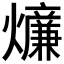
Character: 𤒄